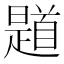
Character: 𲋭